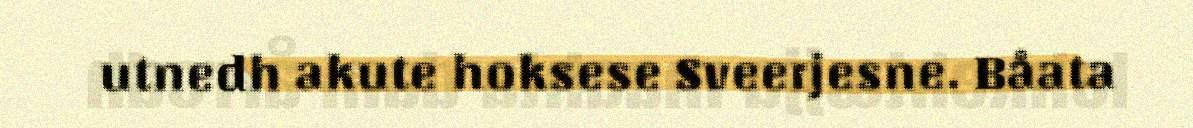
utnedh akute hoksese Sveerjesne. Båata